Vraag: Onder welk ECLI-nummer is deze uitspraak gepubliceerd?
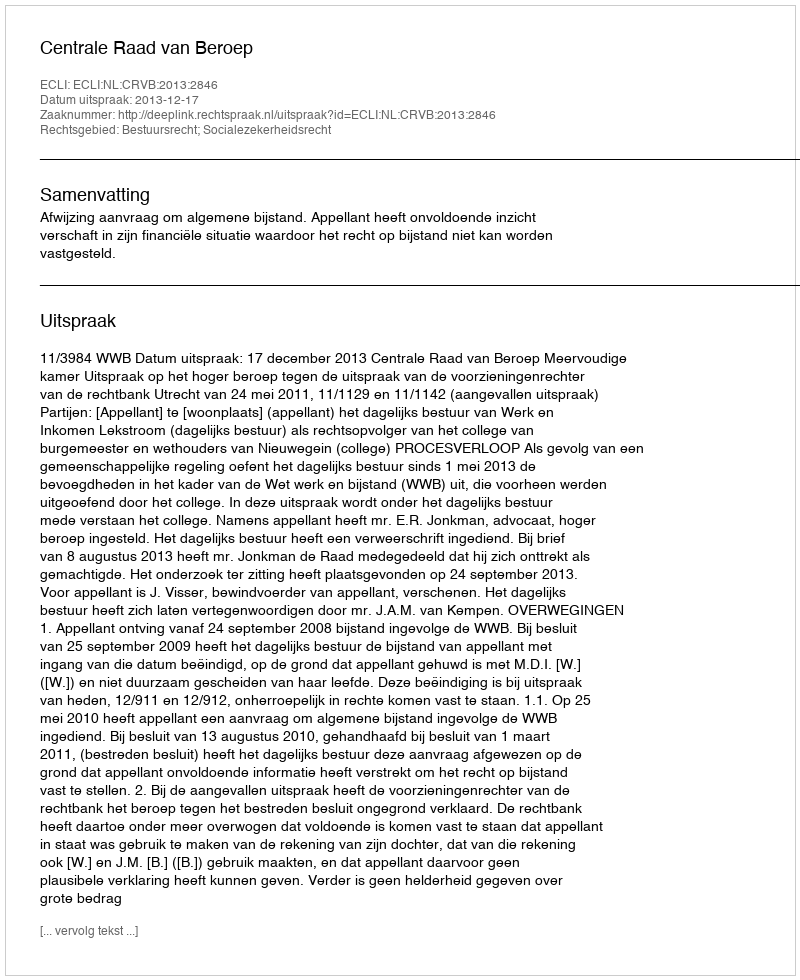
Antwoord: ECLI:NL:CRVB:2013:2846